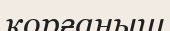
қорғаныш